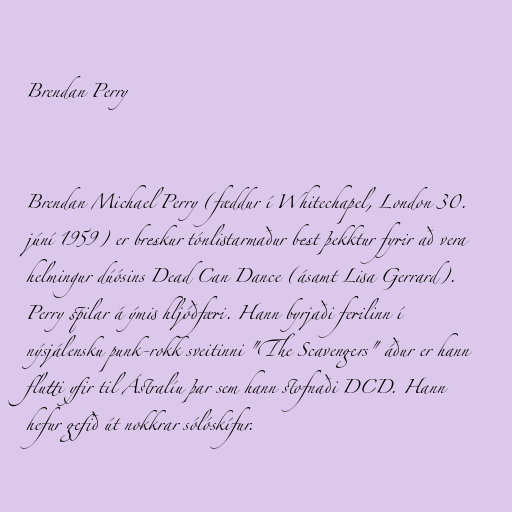
Brendan Perry

Brendan Michael Perry (fæddur í Whitechapel, London 30.
júní 1959) er breskur tónlistarmaður best þekktur fyrir að vera
helmingur dúósins Dead Can Dance (ásamt Lisa Gerrard).
Perry spilar á ýmis hljóðfæri. Hann byrjaði ferilinn í
nýsjálensku punk-rokk sveitinni "The Scavengers" áður er hann
flutti yfir til Ástralíu þar sem hann stofnaði DCD. Hann
hefur gefið út nokkrar sólóskífur.